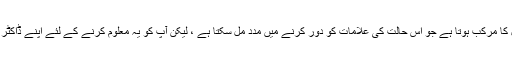
اس زبانی مانع حمل میں ڈروسپیرونون اور ایتینائل ایسٹراڈیول کا مرکب ہوتا ہے جو اس حالت کی علامات کو دور کرنے میں مدد مل سکتا ہے ، لیکن آپ کو یہ معلوم کرنے کے لئے اپنے ڈاکٹر سے بات کرنی چاہئے کہ یہ آپ کے لئے صحیح ہے یا نہیں۔